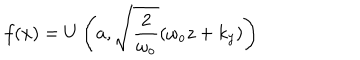
LaTeX: f ( x ) = U \left( a , \sqrt { \frac { 2 } { \omega _ { o } } } ( \omega _ { o } z + k _ { y } ) \right)